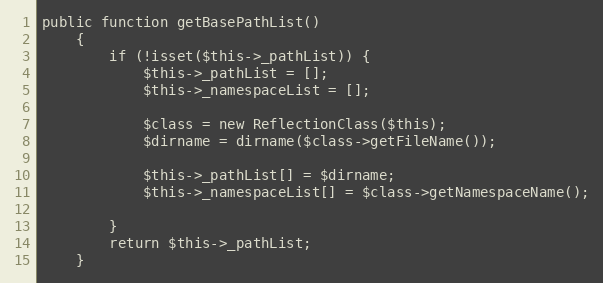
Language: PHP
public function getBasePathList()
    {
        if (!isset($this->_pathList)) {
            $this->_pathList = [];
            $this->_namespaceList = [];

            $class = new ReflectionClass($this);
            $dirname = dirname($class->getFileName());

            $this->_pathList[] = $dirname;
            $this->_namespaceList[] = $class->getNamespaceName();

        }
        return $this->_pathList;
    }